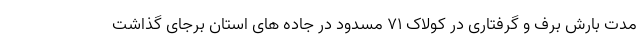
مدت بارش برف و گرفتاری در کولاک ۷۱ مسدود در جاده های استان برجای گذاشت